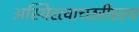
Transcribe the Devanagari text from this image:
अस्थिरत्वाच्छरीरस्य